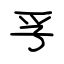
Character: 孚